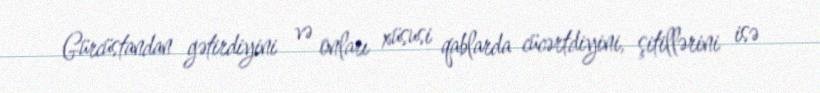
Gürcüstandan gətirdiyini və onları xüsusi qablarda cücərtdiyini, şitillərini isə